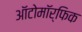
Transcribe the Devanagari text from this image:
ऑटोमॉर्फिक